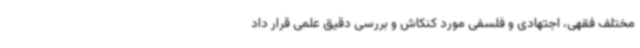
مختلف فقهی،‌ اجتهادی و فلسفی مورد کنکاش و بررسی دقیق علمی قرار داد